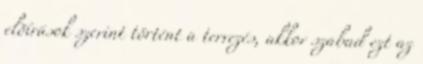
elõírások szerint történt a tervezés, akkor szabad ezt az